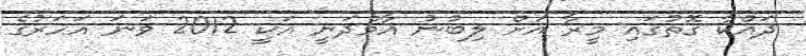
ދައްކާ ގޮތުގައި މީރާ އަށް ލިބުނު އާމްދަނީ އަކީ 2012 ވަނަ އަހަރުގެ